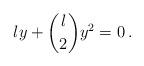
LaTeX: \begin{align*}ly+{l \choose 2}y^2=0\,.\end{align*}